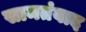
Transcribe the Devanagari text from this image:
सामतंवाद